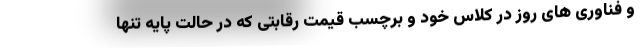
و فناوری های روز در کلاس خود و برچسب قیمت رقابتی که در حالت پایه تنها